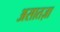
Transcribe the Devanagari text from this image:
असातज़ा